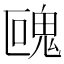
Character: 𩲰